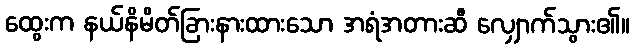
ထွေးက နယ်နိမိတ်ခြားနားထားသော အရံအတားဆီ လျှောက်သွား၏။